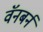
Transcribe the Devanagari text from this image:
वॅनबर्न